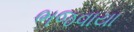
ભજવાયા